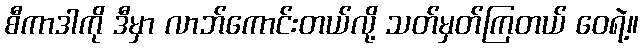
စီကာဒါကို ဒီမှာ လာဘ်ကောင်းတယ်လို့ သတ်မှတ်ကြတယ် ဝေရဲ့။